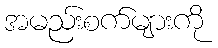
အမည်းစက်များကို